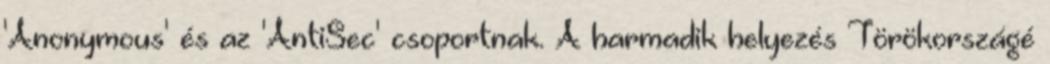
'Anonymous' és az 'AntiSec' csoportnak. A harmadik helyezés Törökországé